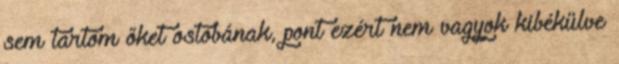
sem tartom őket ostobának, pont ezért nem vagyok kibékülve